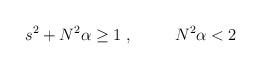
LaTeX: \begin{align*}s^2 + N^2\alpha \geq 1 \;, \;\;\;\;\;\;\;\;\; N^2\alpha <2\end{align*}